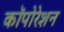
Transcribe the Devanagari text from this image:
कॉपोरेशन